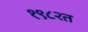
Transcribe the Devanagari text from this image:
१९८२त